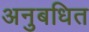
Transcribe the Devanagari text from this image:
अनुबधित